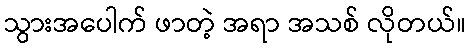
သွားအပေါက် ဖာတဲ့ အရာ အသစ် လိုတယ်။